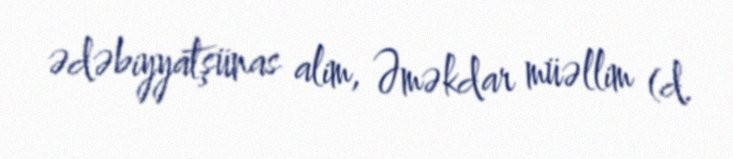
ədəbiyyatşünas alim, Əməkdar müəllim (d.